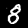
Label: 8